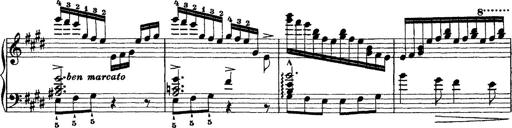
Title: Morceau de Salon
Composer: Josef Adalbert Pacher
Key: D-flat major